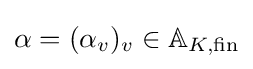
\alpha =(\alpha _{v})_{v}\in \mathbb {A} _{K,{\text{fin}}}